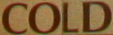
COLD